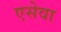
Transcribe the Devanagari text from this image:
एसेवा